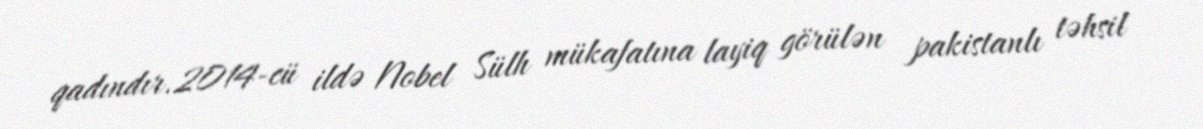
qadındır.2014-cü ildə Nobel Sülh mükafatına layiq görülən pakistanlı təhsil